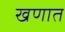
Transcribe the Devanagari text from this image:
खणात